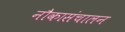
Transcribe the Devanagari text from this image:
नौकासंचालन